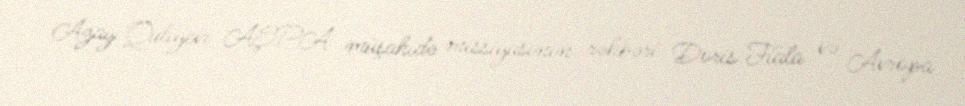
Azay Quliyevi AŞPA müşahidə missiyasının rəhbəri Doris Fiala və Avropa